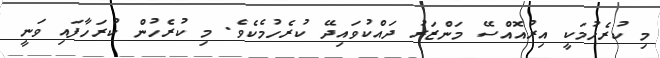
މި ކުރެހުމަކީ އިރުއޮއްސޭ މަންޒަރު ދައްކުވައިދޭ ކުރެހުމެކެވެ. މި ކުރެހުން ކުރަހާފައި ވަނީ